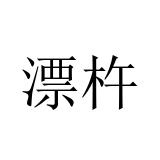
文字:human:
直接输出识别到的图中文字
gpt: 漂杵